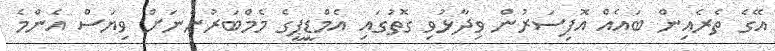
އޭގެ ތެރެއިން ބައެއް އޮފިސަރުން ވިދާޅުވި ގޮތުގައި އެމްޑީޕީގެ މެމްބަރުންނަށް ވިޔަސް އެންމެ